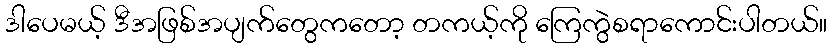
ဒါပေမယ့် ဒီအဖြစ်အပျက်တွေကတော့ တကယ့်ကို ကြေကွဲစရာကောင်းပါတယ်။